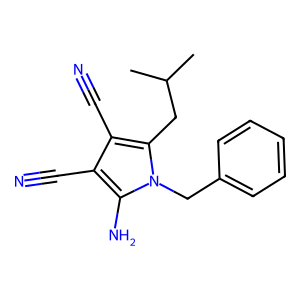
SMILES: CC(C)Cc1c(C#N)c(C#N)c(N)n1Cc1ccccc1
Inhibits HIV replication: No